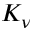
K _ { \nu }